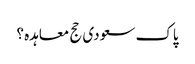
پاک سعودی حج معاہدہ ؟